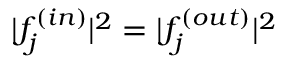
\lvert f _ { j } ^ { ( i n ) } \rvert ^ { 2 } = \lvert f _ { j } ^ { ( o u t ) } \rvert ^ { 2 }